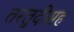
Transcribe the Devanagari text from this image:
तरतुदीसह